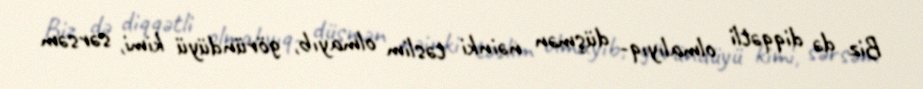
Biz də diqqətli olmalıyıq- düşmən nəinki təslim olmayıb, göründüyü kimi, sərsəm